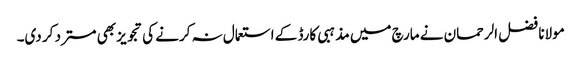
مولانا فضل الرحمان نے مارچ میں مذہبی کارڈ کے استعمال نہ کرنے کی تجویز بھی مسترد کر دی۔